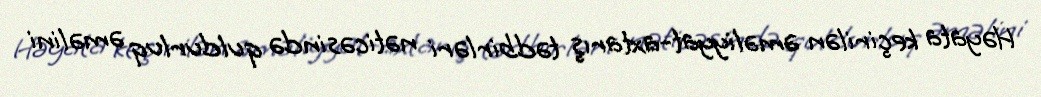
Həyata keçirilən əməliyyat-axtarış tədbirləri nəticəsində quldurluq əməlini